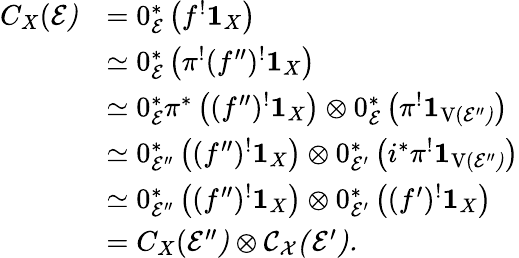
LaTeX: \begin{array}{rl}{C_{X}(\cal{E})}&{=0_{\cal{E}}^{*}\left(f^{!}\mathbf{1}_{X}\right)}\\ &{\simeq 0_{\cal{E}}^{*}\left(\pi^{!}(f^{\prime\prime})^{!}\mathbf{1}_{X}\right)}\\ &{\simeq 0_{\cal{E}}^{*}\pi^{*}\left((f^{\prime\prime})^{!}\mathbf{1}_{X}\right)\otimes 0_{\cal{E}}^{*}\left(\pi^{!}\mathbf{1}_{\mathrm{{V}(\cal{E^{\prime\prime}})}}\right)}\\ &{\simeq 0_{\cal{E}^{\prime\prime}}^{*}\left((f^{\prime\prime})^{!}\mathbf{1}_{X}\right)\otimes 0_{\cal{E}^{\prime}}^{*}\left(i^{*}\pi^{!}\mathbf{1}_{\mathrm{V}(\cal{E^{\prime\prime}})}\right)}\\ &{\simeq 0_{\cal{E}^{\prime\prime}}^{*}\left((f^{\prime\prime})^{!}\mathbf{1}_{X}\right)\otimes 0_{\cal{E}^{\prime}}^{*}\left((f^{\prime})^{!}\mathbf{1}_{X}\right)}\\ &{=C_{X}(\cal{E}^{\prime\prime})\otimes C_{X}(\cal{E}^{\prime}).}\end{array}